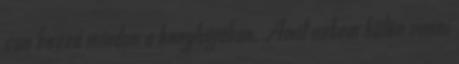
van hozzá minden a konyhájában. Amit nekem külön venni